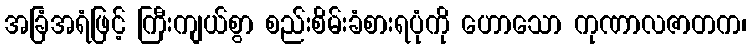
အခြံအရံဖြင့် ကြီးကျယ်စွာ စည်းစိမ်းခံစားရပုံကို ဟောသော ကုဏာလဇာတက၊